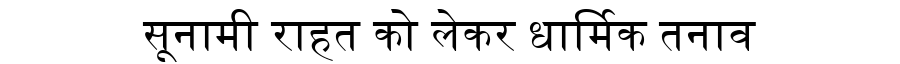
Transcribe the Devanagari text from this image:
सूनामी राहत को लेकर धार्मिक तनाव